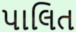
પાલિત